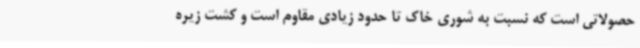
حصولاتی است که نسبت به شوری خاک تا حدود زیادی مقاوم است و کشت زیره